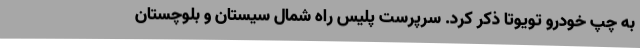
به چپ خودرو تویوتا ذکر کرد. سرپرست پلیس راه شمال سیستان و بلوچستان